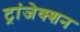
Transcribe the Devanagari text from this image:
ट्रांजेक्‍शन